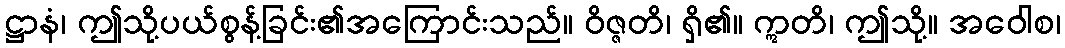
ဋ္ဌာနံ၊ ဤသို့ပယ်စွန့်ခြင်း၏အကြောင်းသည်။ ဝိဇ္ဇတိ၊ ရှိ၏။ ဣတိ၊ ဤသို့။ အဝေါစ၊